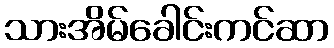
သားအိမ်ခေါင်းကင်ဆာ